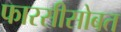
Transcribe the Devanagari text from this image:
फारसीसोबत